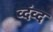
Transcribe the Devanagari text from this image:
व्दंव्द